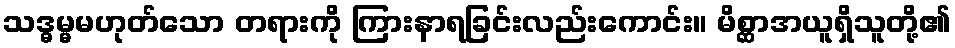
သဒ္ဓမ္မမဟုတ်သော တရားကို ကြားနာရခြင်းလည်းကောင်း။ မိစ္ဆာအယူရှိသူတို့၏